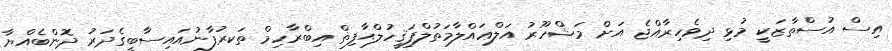
އިސް އުސްތާޒަކީ މުޅި ދިވެހިރާއްޖެ އަށް މަޝްހޫރު އަލްޢައްލާމަތުލްފަޤީހުލްޙާފިޡް އިބްރާހިމް ތަކރުފާނުއައިސާބީގެދަރު ދޮންބެއްޔާ